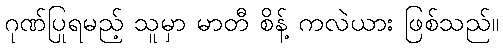
ဂုဏ်ပြုရမည့် သူမှာ မာတီ စိန့် ကလဲယား ဖြစ်သည်။